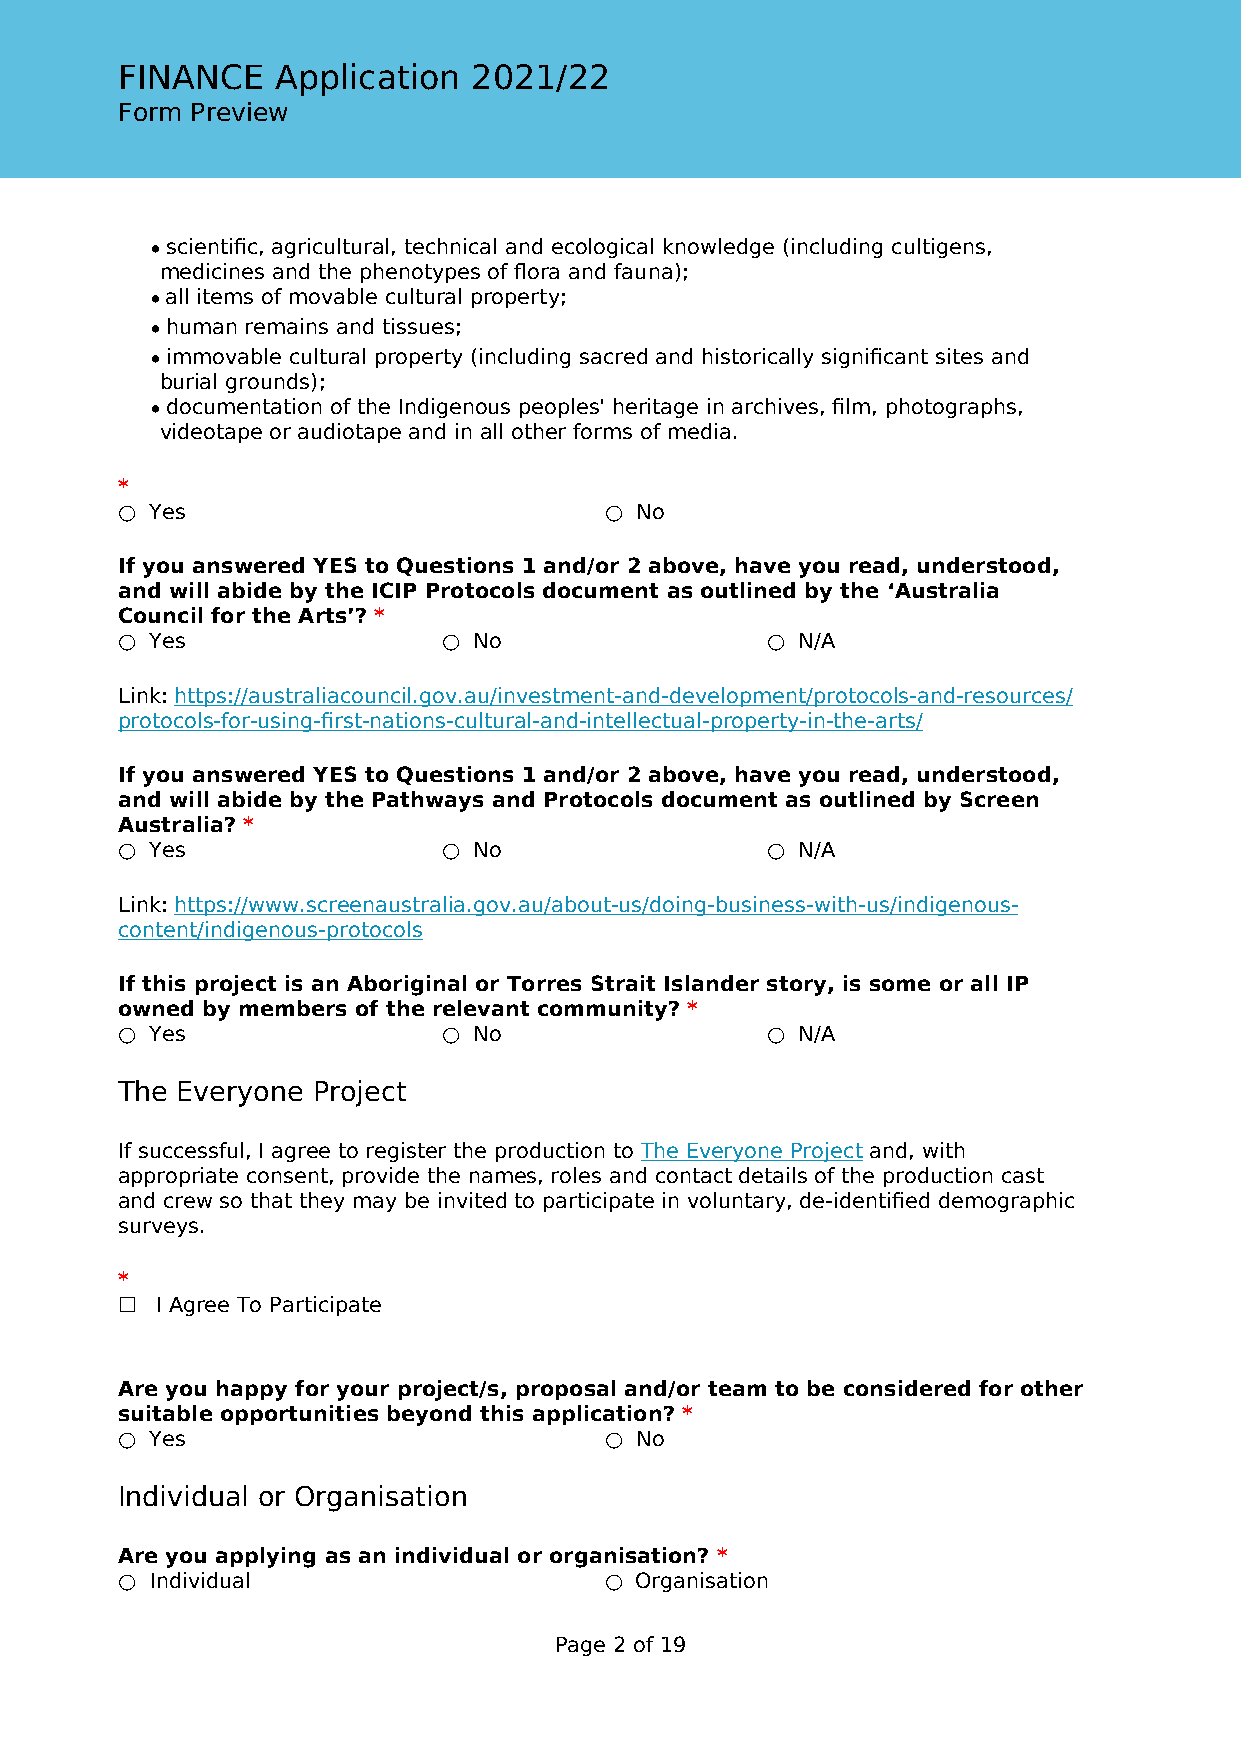
FINANCE   Application  2021/22
 Form Preview
 • scientific, agricultural, technical and ecological knowledge (including cultigens,
 medicines and the phenotypes of flora and fauna);
 • all items of movable cultural property;
 • human remains and tissues;
 • immovable cultural property (including sacred and historically significant sites and
 burial grounds);
 • documentation of the Indigenous peoples' heritage in archives, film, photographs,
 videotape or audiotape and in all other forms of media.
 *
 ○ Yes                           ○ No
 If you answered YES to Questions 1 and/or 2 above, have you read, understood,
 and will abide by the ICIP Protocols document as outlined by the ‘Australia
 Council for the Arts’? *
 ○ Yes                ○ No                  ○ N/A
 Link: https://australiacouncil.gov.au/investment-and-development/protocols-and-resources/
 protocols-for-using-first-nations-cultural-and-intellectual-property-in-the-arts/
 If you answered YES to Questions 1 and/or 2 above, have you read, understood,
 and will abide by the Pathways and Protocols document as outlined by Screen
 Australia? *
 ○ Yes                ○ No                  ○ N/A
 Link: https://www.screenaustralia.gov.au/about-us/doing-business-with-us/indigenous-
 content/indigenous-protocols
 If this project is an Aboriginal or Torres Strait Islander story, is some or all IP
 owned by members of the relevant community? *
 ○ Yes                ○ No                  ○ N/A
 The Everyone Project
 If successful, I agree to register the production to The Everyone Project and, with
 appropriate consent, provide the names, roles and contact details of the production cast
 and crew so that they may be invited to participate in voluntary, de-identified demographic
 surveys.
 *
 ☐ I Agree To Participate
 Are you happy for your project/s, proposal and/or team to be considered for other
 suitable opportunities beyond this application? *
 ○ Yes                           ○ No
 Individual or Organisation
 Are you applying as an individual or organisation? *
 ○ Individual                    ○ Organisation
 Page 2 of 19